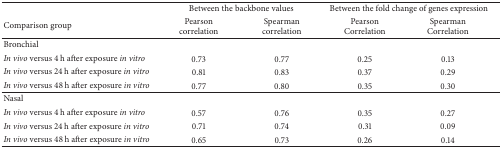
<table><thead><tr><td><b> </b></td><td colspan="2"><b>Between the backbone values</b></td><td colspan="2"><b>Between the fold change of genes expression</b></td></tr><tr><td><b>Comparison group</b></td><td><b>Pearson correlation</b></td><td><b>Spearman correlation</b></td><td><b>Pearson Correlation</b></td><td><b>Spearman Correlation</b></td></tr></thead><tbody><tr><td>Bronchial</td><td> </td><td> </td><td> </td><td> </td></tr><tr><td><i>In vivo</i> versus 4 h after exposure <i>in vitro </i></td><td>0.73</td><td>0.77</td><td>0.25</td><td>0.13</td></tr><tr><td><i>In vivo</i> versus 24 h after exposure <i>in vitro </i></td><td>0.81</td><td>0.83</td><td>0.37</td><td>0.29</td></tr><tr><td><i>In vivo</i> versus 48 h after exposure <i>in vitro </i></td><td>0.77</td><td>0.80</td><td>0.35</td><td>0.30</td></tr><tr><td>Nasal</td><td> </td><td> </td><td> </td><td> </td></tr><tr><td><i>In vivo</i> versus 4 h after exposure <i>in vitro </i></td><td>0.57</td><td>0.76</td><td>0.35</td><td>0.27</td></tr><tr><td><i>In vivo</i> versus 24 h after exposure<i> in vitro </i></td><td>0.71</td><td>0.74</td><td>0.31</td><td>0.09</td></tr><tr><td><i>In vivo</i> versus 48 h after exposure <i>in vitro </i></td><td>0.65</td><td>0.73</td><td>0.26</td><td>0.14</td></tr></tbody></table>